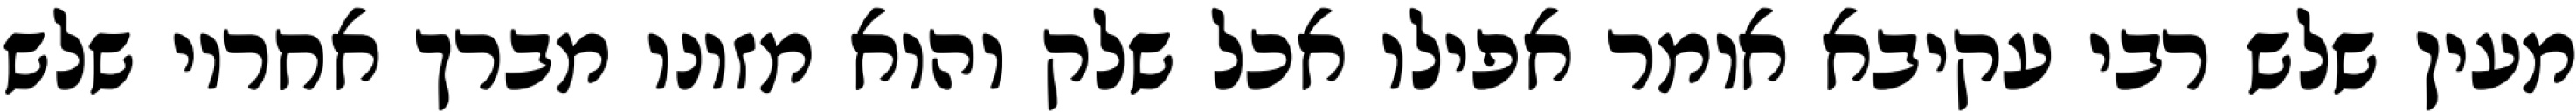
מעין שלש רבי עקיבא אומר אפילו אכל שלק והוא מזונו מברך אחריו שלש